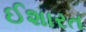
ઈશારત